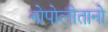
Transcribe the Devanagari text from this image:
नोपोलीतानो